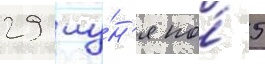
29 иу́н'я по́ 5